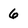
Character: 6